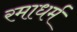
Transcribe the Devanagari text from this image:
रमाधर्म